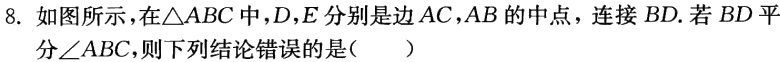
8. 如图所示，在\(\triangle ABC\)中，\(D\)，\(E\)分别是边\(AC\)，\(AB\)的中点，连接\(BD\). 若\(BD\)平分\(\angle ABC\)，则下列结论错误的是（  ）